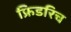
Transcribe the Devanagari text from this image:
फ्रिडरिच